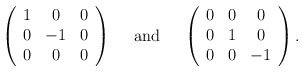
\begin{align*}\left(\begin{array}{ccc}1&0&0\\ 0&-1 &0\\ 0&0&0\end{array}\right)\quad \mbox{ and }\quad\left(\begin{array}{ccc}0&0&0\\ 0&1 &0\\ 0&0&-1\end{array}\right) .\end{align*}